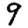
Digit: 9